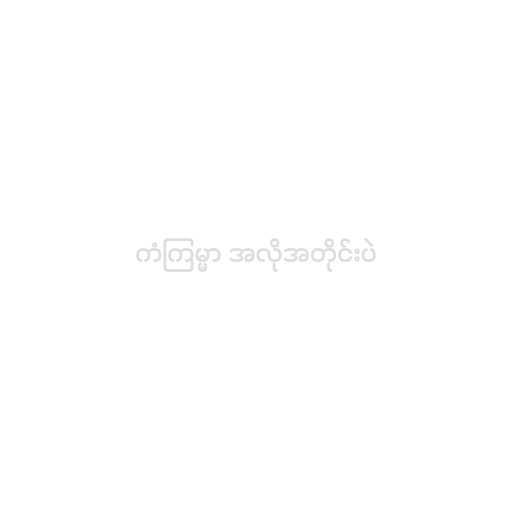
ကံကြမ္မာ အလိုအတိုင်းပဲ